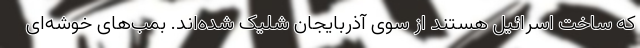
که ساخت اسرائیل هستند از سوی آذربایجان شلیک شده‌اند. بمب‌های خوشه‌ای